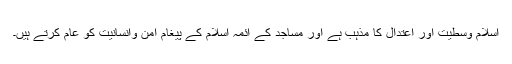
اسلام وسطیت اور اعتدال کا مذہب ہے اور مساجد کے ائمہ اسلام کے پیغام امن وانسانیت کو عام کرتے ہیں۔